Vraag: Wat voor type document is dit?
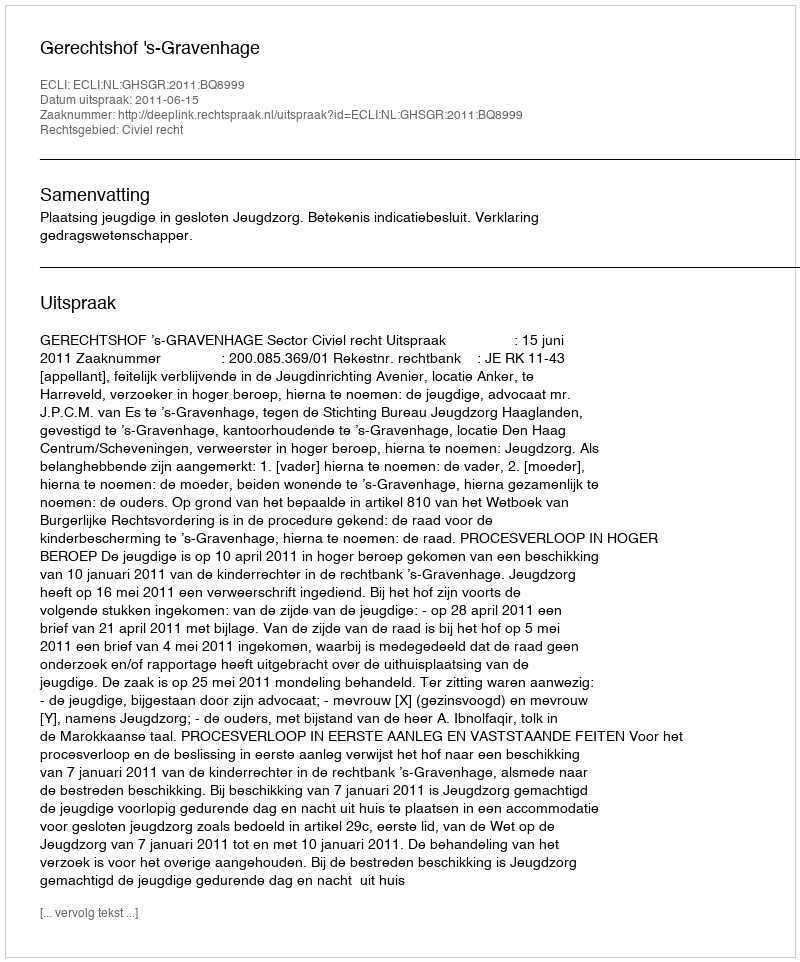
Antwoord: Uitspraak